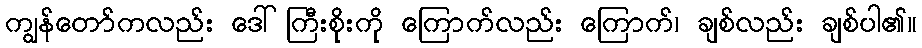
ကျွန်တော်ကလည်း ဒေါ်ကြီးစိုးကို ကြောက်လည်း ကြောက်၊ ချစ်လည်း ချစ်ပါ၏။